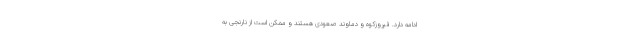
ادامه دارد. فیروزکوه و دماوند صعودی هستند و ممکن است از نارنجی به